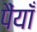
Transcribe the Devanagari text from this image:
पैंयाँ